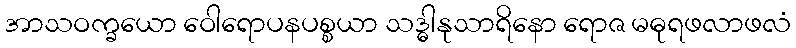
အာသဝက္ခယော ဝေါရောပနပစ္စယာ သဒ္ဓါနုသာရိနော ရောဇ မဓုရဖလာဖလံ